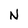
Character: N